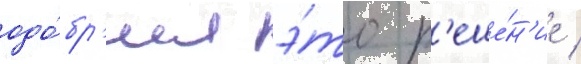
одо́бр'ил э́то р'еше́н'ие /